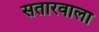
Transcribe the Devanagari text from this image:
सतारवाला